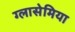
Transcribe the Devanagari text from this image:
ग्लासेमिया